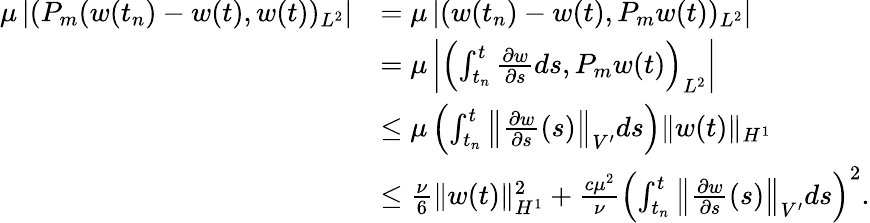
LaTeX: \begin{array}{rl}{\mu\left\lvert(P_{m}(w(t_{n})-w(t),w(t))_{L^{2}}\right\rvert}&{=\mu\left\lvert(w(t_{n})-w(t),P_{m}w(t))_{L^{2}}\right\rvert}\\ &{=\mu\left\lvert\left(\int_{t_{n}}^{t}\frac{\partial w}{\partial s}ds,P_{m}w(t)\right)_{L^{2}}\right\rvert}\\ &{\leq\mu\left(\int_{t_{n}}^{t}\left\| \frac{\partial w}{\partial s}(s)\right\| _{V^{\prime}}ds\right)\| w(t)\| _{H^{1}}}\\ &{\leq\frac{\nu}{6}\| w(t)\| _{H^{1}}^{2}+\frac{c\mu^{2}}{\nu}\left(\int_{t_{n}}^{t}\left\| \frac{\partial w}{\partial s}(s)\right\| _{V^{\prime}}ds\right)^{2}.}\end{array}